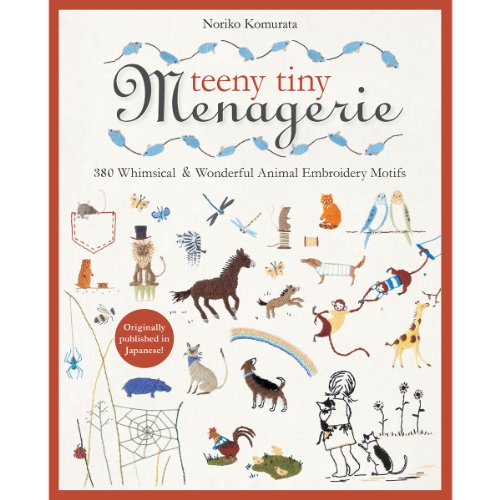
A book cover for Teeny Tiny Menagerie: 380 Whimsical & Wonderful Animal Embroidery Motifs; Noriko Komurata; Crafts, Hobbies & Home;